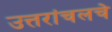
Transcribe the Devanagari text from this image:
उत्तरांचलचे